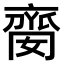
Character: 𠆈